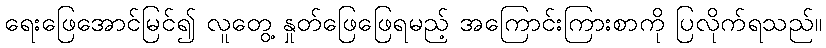
ရေးဖြေအောင်မြင်၍ လူတွေ့ နှုတ်ဖြေဖြေရမည့် အကြောင်းကြားစာကို ပြလိုက်ရသည်။